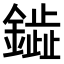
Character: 𫓋